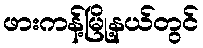
ဖားကန့်မြို့နယ်တွင်